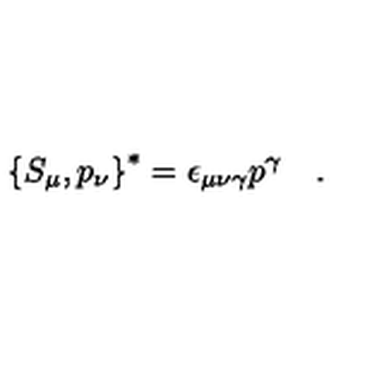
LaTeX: \left\{ S _ { \mu } , p _ { \nu } \right\} ^ { \ast } = \epsilon _ { \mu \nu \gamma } p ^ { \gamma } \quad .